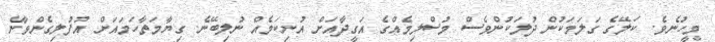
މީހުނެވެ. ކަލޭގެ ގަލަމަކުން ދުލަކުންވެސް މުސްލިމެއްގެ އަގީދާއަށް އުނިކަމެއް ނުލިބޭނެ. ގިޔާމަތާހަމައަށް އުފުލިގެންވާނެ